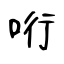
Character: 哘